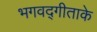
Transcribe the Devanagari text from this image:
भगवद्गीताके